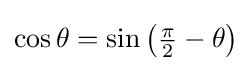
\cos \theta =\sin \left({\tfrac {\pi }{2}}-\theta \right)